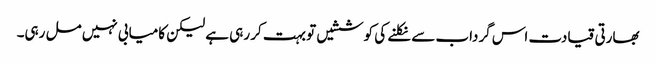
بھارتی قیادت اس گرداب سے نکلنے کی کوششیں تو بہت کر رہی ہے لیکن کامیابی نہیں مل رہی۔